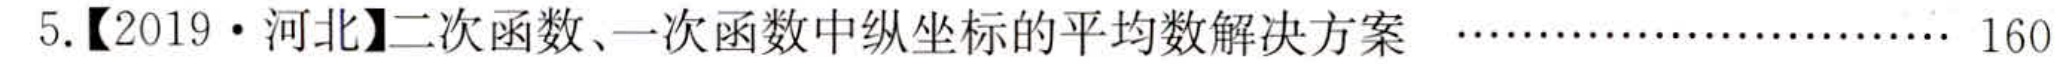
5.【2019·河北】二次函数、一次函数中纵坐标的平均数解决方案 ………………………… 160